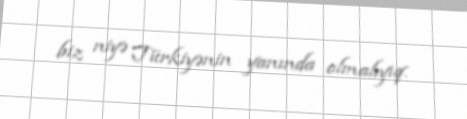
biz niyə Türkiyənin yanında olmalıyıq.